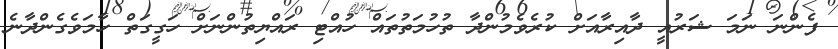
ފެންނަ ނަމަ ޝަރުއީ ދާއިރާއަށް ކުރެވެމުންދާ ތުހުމަތުތައް ހުއްޓި ރައްޔިތުންނަށް ހަގީގަތް ހާމަވެގެންދާނެ